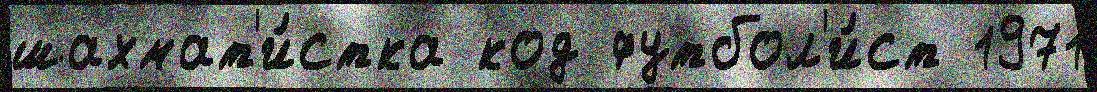
шахмат'и́стка код футбол'и́ст 1971